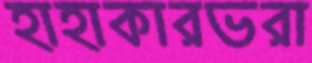
হাহাকারভরা